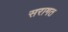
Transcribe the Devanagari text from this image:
सरागत